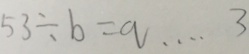
5 3 \div b = q \cdots 3